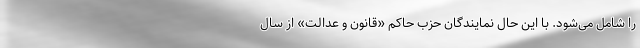
را شامل می‌شود. با این حال نمایندگان حزب حاکم «قانون و عدالت» از سال